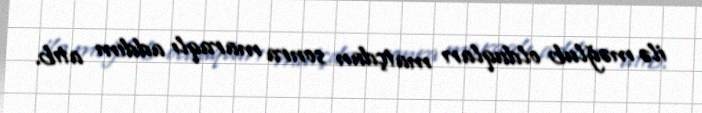
ilə məğlub olduqları matçdan sonra maraqlı addım atıb.